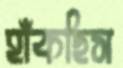
হাঁকছিস